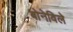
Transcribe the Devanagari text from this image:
बोनेविले